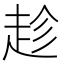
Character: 趁